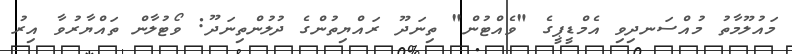
މައުލޫމާތު މުއްސަނދިވި އެމްޑީޕީގެ "ވެއްޓުން" ތިނަދޫ ރައްޔިތުންގެ ދުލުންތިނަދޫ: ވޯޓުލާން ތައްޔާރުވާ އިރު